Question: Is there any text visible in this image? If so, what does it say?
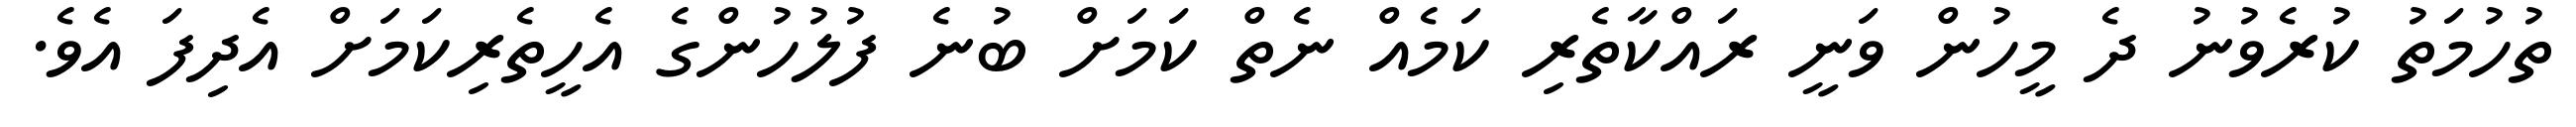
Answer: ތުހުމަތު ކުރެވުނު ދެ މީހުން ވަނީ ރައްކާތެރި ކަމެއް ނެތް ކަމަށް ބުނެ ފުލުހުންގެ އެހީތެރިކަމަށް އެދިފަ އެވެ.